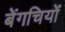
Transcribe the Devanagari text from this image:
बेंगचियों